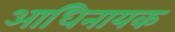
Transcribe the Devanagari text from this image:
आधिनायक